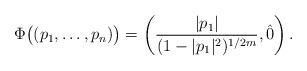
LaTeX: \begin{align*} \Phi \big( (p_1, \ldots, p_n ) \big) = \left( \frac{ |p_1| } {(1 - |p_1|^2)^{1/{2m} } } , \hat{0} \right). \end{align*}